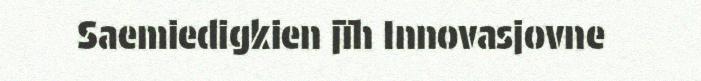
Saemiedigkien jïh Innovasjovne